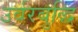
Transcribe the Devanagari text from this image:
उर्वरबुद्धि